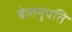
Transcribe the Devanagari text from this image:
बेलनृपति